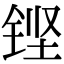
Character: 铿